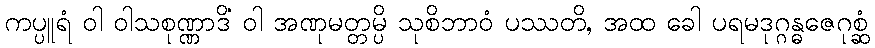
ကပ္ပူရံ ဝါ ဝါသစုဏ္ဏာဒိံ ဝါ အဏုမတ္တမ္ပိ သုစိဘာဝံ ပဿတိ, အထ ခေါ ပရမဒုဂ္ဂန္ဓဇေဂုစ္ဆံ